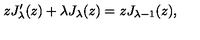
z J _ { \lambda } ^ { \prime } ( z ) + \lambda J _ { \lambda } ( z ) = z J _ { \lambda - 1 } ( z ) ,